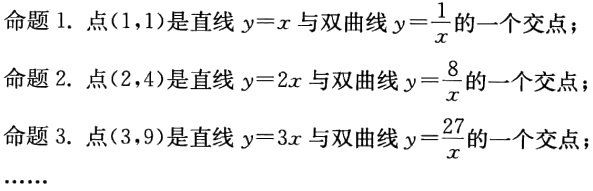
命题 1. 点$(1,1)$是直线$y = x$与双曲线$y=\frac{1}{x}$的一个交点；
命题 2. 点$(2,4)$是直线$y = 2x$与双曲线$y=\frac{8}{x}$的一个交点；
命题 3. 点$(3,9)$是直线$y = 3x$与双曲线$y=\frac{27}{x}$的一个交点；
……